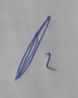
Signature authenticity: genuine